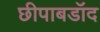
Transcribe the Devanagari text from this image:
छीपाबडॉद